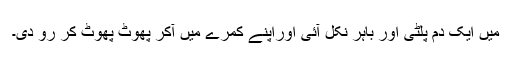
میں ایک دم پلٹی اور باہر نکل آئی اوراپنے کمرے میں آکر پھوٹ پھوٹ کر رو دی۔